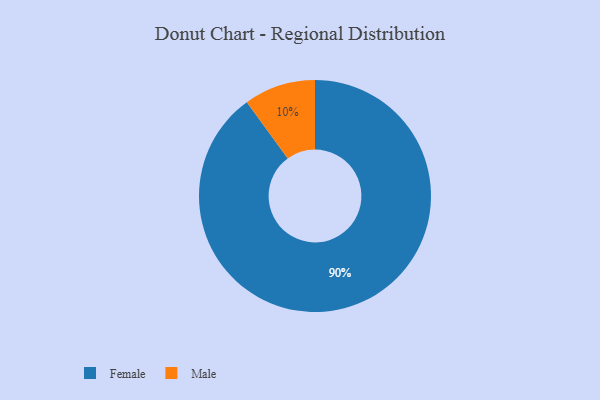
{"axis": {"x": "Category", "y": "Percentage"}, "legend": ["Female", "Male"], "data": [{"x": "Male", "y": 10, "type": "Male"}, {"x": "Female", "y": 90, "type": "Female"}]}